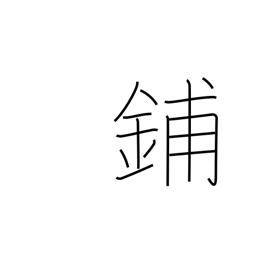
Meaning: store